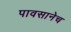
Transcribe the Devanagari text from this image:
पावसानेच